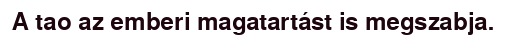
A tao az emberi magatartást is megszabja.